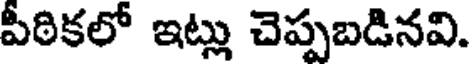
పీఠికలో ఇట్లు చెప్పబడినవి.